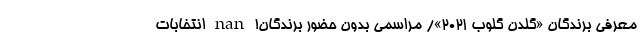
معرفی برندگان «گلدن گلوب ۲۰۲۱»/ مراسمی بدون حضور برندگان! nan انتخابات